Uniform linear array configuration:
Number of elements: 12
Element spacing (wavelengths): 0.25
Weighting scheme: exponential
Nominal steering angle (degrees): -45
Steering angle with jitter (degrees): -43.329
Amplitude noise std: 0.05
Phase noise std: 0.05

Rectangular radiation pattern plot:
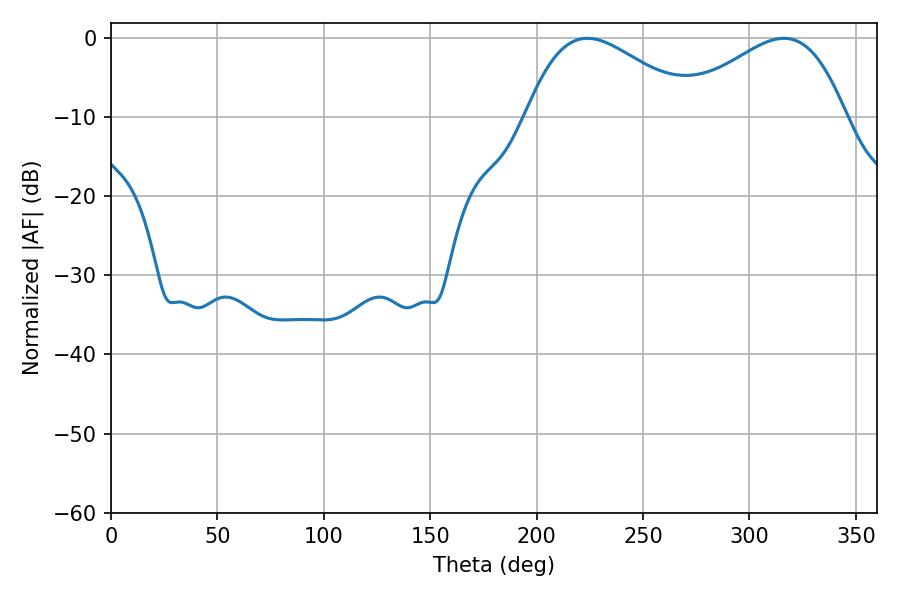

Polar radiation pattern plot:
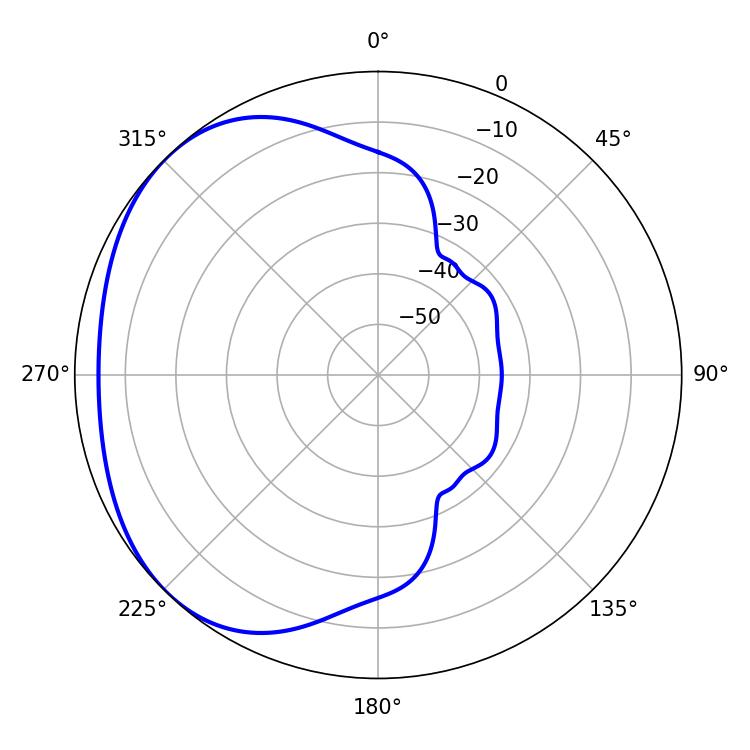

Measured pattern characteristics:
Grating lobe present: FALSE
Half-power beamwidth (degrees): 42.48
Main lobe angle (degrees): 223.74